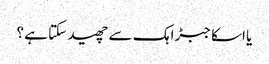
یا اسکا جبڑا ہک سے چھید سکتا ہے ؟